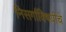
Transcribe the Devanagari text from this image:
निसर्गाविषयीचे